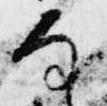
な